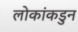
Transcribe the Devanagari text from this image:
लोकांकडुन